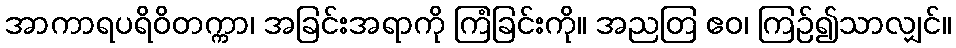
အာကာရပရိဝိတက္ကာ၊ အခြင်းအရာကို ကြံခြင်းကို။ အညတြ ဧဝ၊ ကြဉ်၍သာလျှင်။